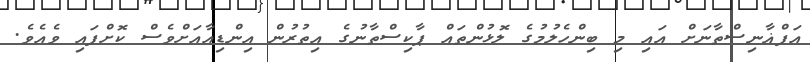
އަފްޣާނިސްތާނަށް އައި މި ބިންހެލުމުގެ ލޮޅުންތައް ޕާކިސްތާނުގެ އިތުރުން އިންޑިއާއަށްވެސް ކޮށްފައި ވެއެވެ.